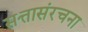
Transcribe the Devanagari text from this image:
सत्तासंरचना